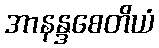
အာနန္ဒစေတိယံ